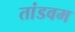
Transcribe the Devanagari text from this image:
तांडवम